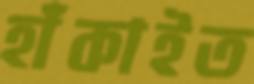
হাঁকাইত